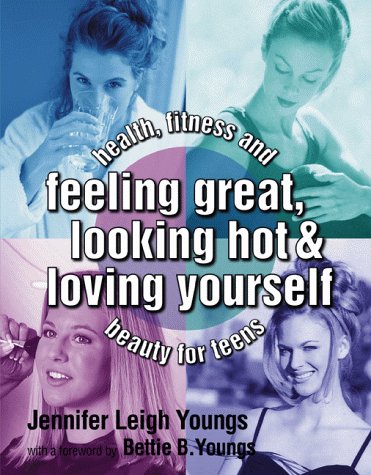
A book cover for Feeling Great, Looking Hot and Loving Yourself!: Health, Fitness and Beauty for Teens; Jennifer Youngs; Teen & Young Adult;